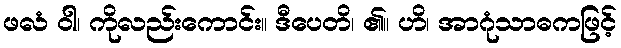
ဖလံ ဝါ၊ ကိုလည်းကောင်း။ ဒီပေတိ၊ ၏။ ဟိ၊ အာဂုံသာဓကဖြင့်